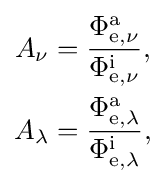
{\begin{aligned}A_{\nu }&=\mathrm {\frac {\Phi _{e,\nu }^{a}}{\Phi _{e,\nu }^{i}}} ,\\A_{\lambda }&=\mathrm {\frac {\Phi _{e,\lambda }^{a}}{\Phi _{e,\lambda }^{i}}} ,\end{aligned}}